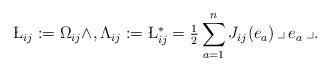
LaTeX: \begin{align*}\L_{ij} := \Omega_{ij}\wedge,\Lambda_{ij} := \L_{ij}^*=\tfrac12 \sum_{a=1}^n J_{ij}(e_a)\,\lrcorner\, e_a \,\lrcorner.\end{align*}